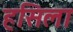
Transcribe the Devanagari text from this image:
हसिला